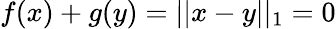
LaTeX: \begin{array}{r}{f(x)+g(y)=||x-y||_{1}=0}\end{array}